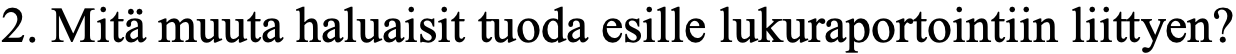
2. Mitä muuta haluaisit tuoda esille lukuraportointiin liittyen?